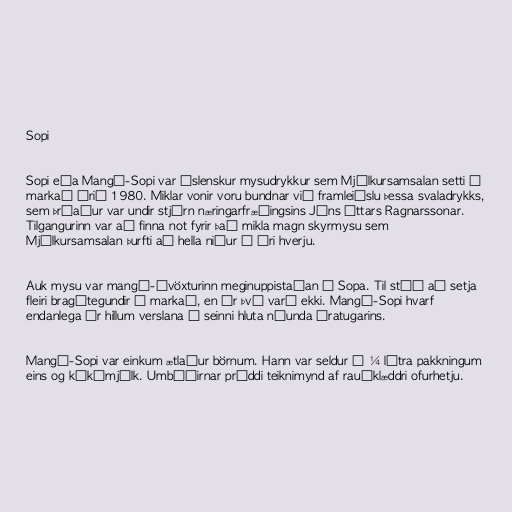
Sopi

Sopi eða Mangó-Sopi var íslenskur mysudrykkur sem Mjólkursamsalan setti á
markað árið 1980. Miklar vonir voru bundnar við framleiðslu þessa svaladrykks,
sem þróaður var undir stjórn næringarfræðingsins Jóns Óttars Ragnarssonar.
Tilgangurinn var að finna not fyrir það mikla magn skyrmysu sem
Mjólkursamsalan þurfti að hella niður á ári hverju.

Auk mysu var mangó-ávöxturinn meginuppistaðan í Sopa. Til stóð að setja
fleiri bragðtegundir á markað, en úr því varð ekki. Mangó-Sopi hvarf
endanlega úr hillum verslana á seinni hluta níunda áratugarins.

Mangó-Sopi var einkum ætlaður börnum. Hann var seldur í ¼ lítra pakkningum
eins og kókómjólk. Umbúðirnar prýddi teiknimynd af rauðklæddri ofurhetju.